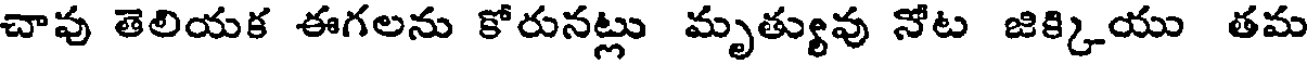
చావు తెలియక ఈగలను కోరునట్లు మృత్యువు నోట జిక్కియు తమ